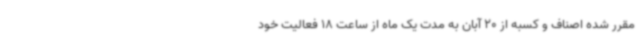
مقرر شده اصناف و کسبه از 20 آبان به مدت یک ماه از ساعت 18 فعالیت خود